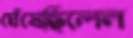
ঘেঁষেছিলেন